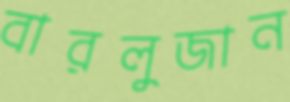
বারলুজান